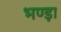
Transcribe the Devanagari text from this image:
भण्ड़ा